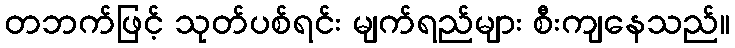
တဘက်ဖြင့် သုတ်ပစ်ရင်း မျက်ရည်များ စီးကျနေသည်။